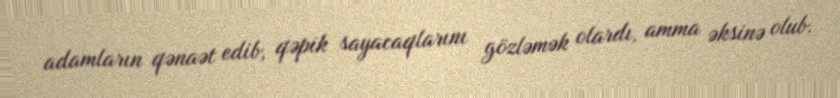
adamların qənaət edib, qəpik sayacaqlarını gözləmək olardı, amma əksinə olub.